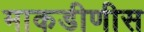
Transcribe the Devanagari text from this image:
माकडीणीस